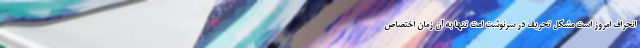
انحراف امروز است مشکل تحریف در سرنوشت امت تنها به آن زمان اختصاص